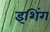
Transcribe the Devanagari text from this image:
इशिंग